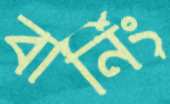
বার্নিং